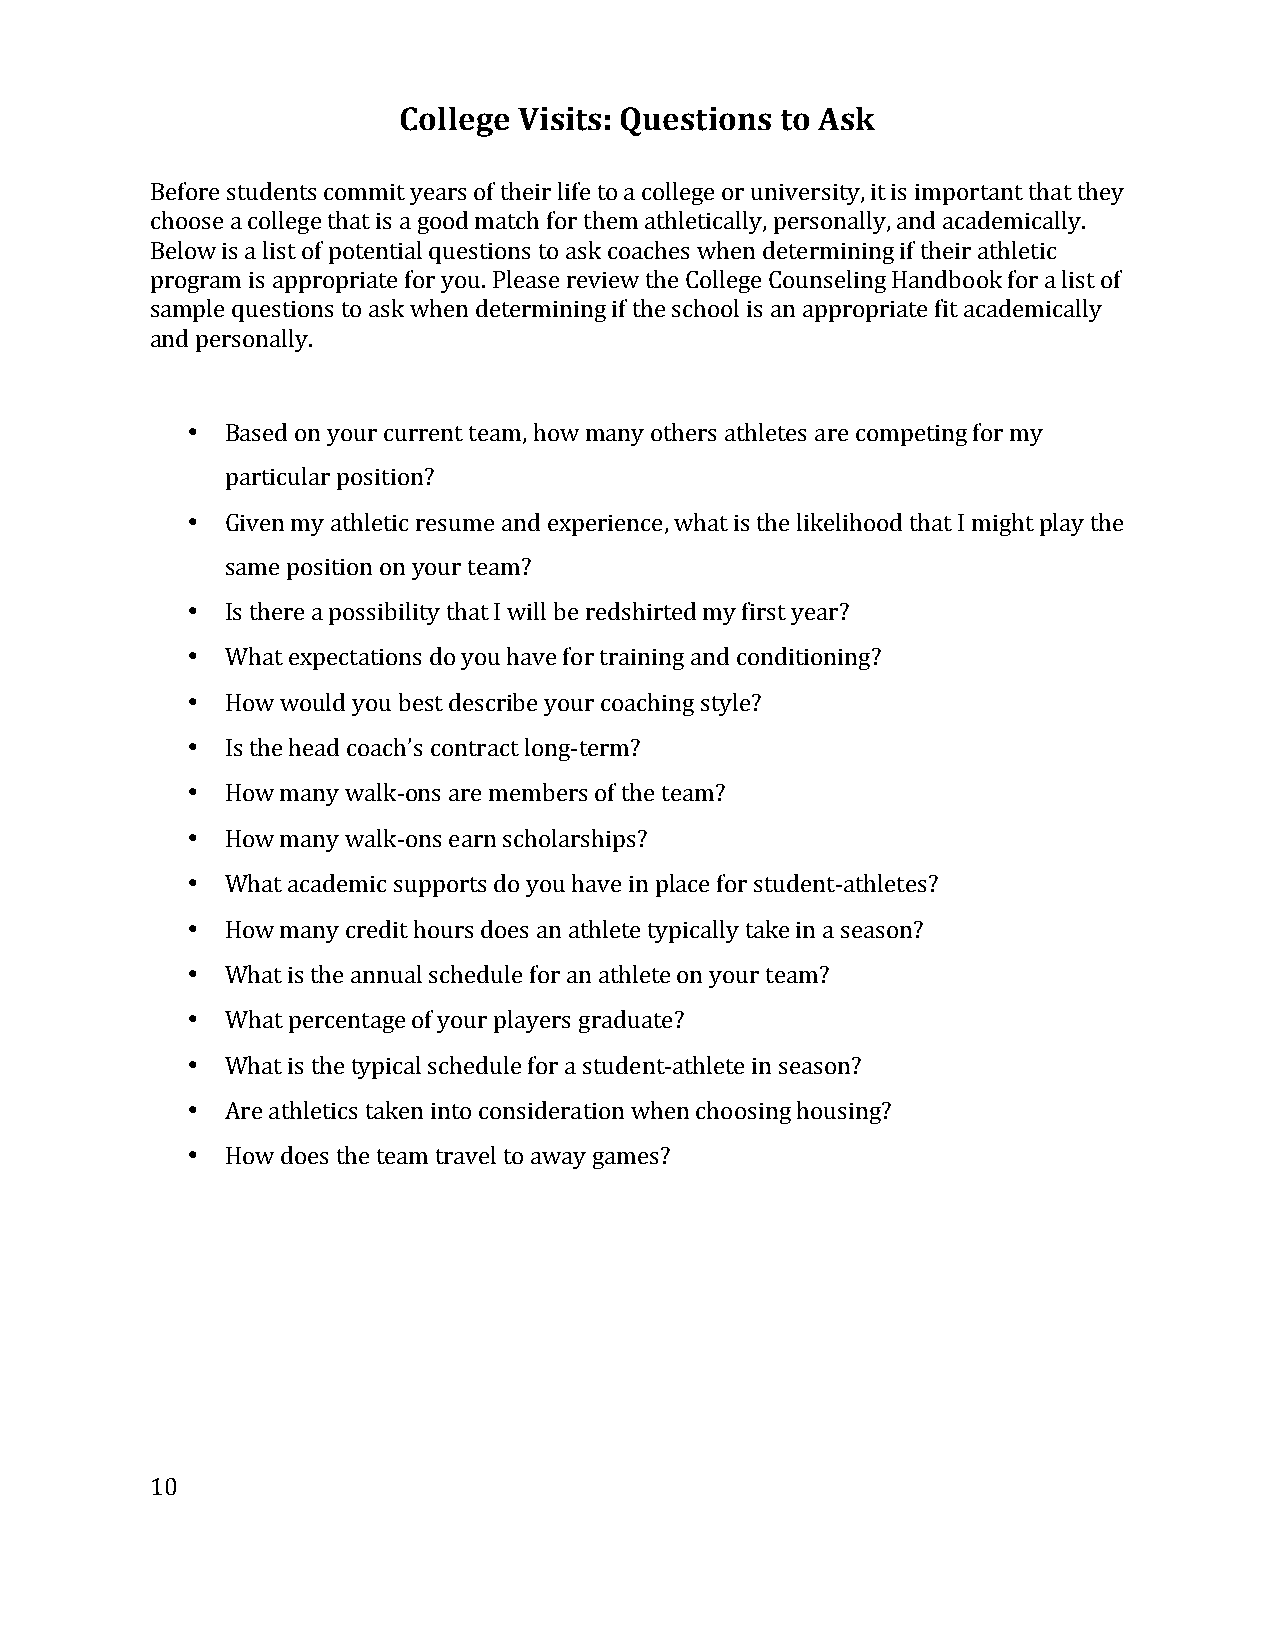
College Visits: Questions to Ask
 Before students commit years of their life to a college or university, it is important that they
 choose a college that is a good match for them athletically, personally, and academically.
 Below is a list of potential questions to ask coaches when determining if their athletic
 program is appropriate for you. Please review the College Counseling Handbook for a list of
 sample questions to ask when determining if the school is an appropriate fit academically
 and personally.
 •  Based on your current team, how many others athletes are competing for my
 particular position?
 •  Given my athletic resume and experience, what is the likelihood that I might play the
 same position on your team?
 •  Is there a possibility that I will be redshirted my first year?
 •  What expectations do you have for training and conditioning?
 •  How would you best describe your coaching style?
 •  Is the head coach’s contract long-­‐term?
 •  How many walk-­‐ons are members of the team?
 •  How many walk-­‐ons earn scholarships?
 •  What academic supports do you have in place for student-­‐athletes?
 •  How many credit hours does an athlete typically take in a season?
 •  What is the annual schedule for an athlete on your team?
 •  What percentage of your players graduate?
 •  What is the typical schedule for a student-­‐athlete in season?
 •  Are athletics taken into consideration when choosing housing?
 •  How does the team travel to away games?
 10